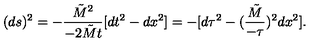
( d s ) ^ { 2 } = - { \frac { { \tilde { M } } ^ { 2 } } { - 2 { \tilde { M } } t } } [ d t ^ { 2 } - d x ^ { 2 } ] = - [ d \tau ^ { 2 } - ( { \frac { \tilde { M } } { - \tau } } ) ^ { 2 } d x ^ { 2 } ] .